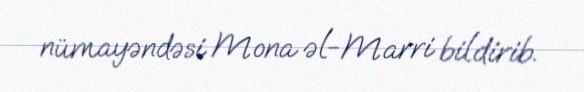
nümayəndəsi Mona əl-Marri bildirib.